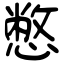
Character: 憋